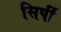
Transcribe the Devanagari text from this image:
सिर्पी